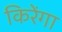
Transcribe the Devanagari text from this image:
किरेंगा